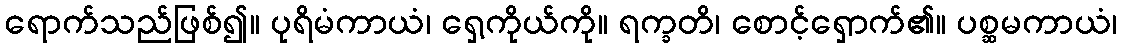
ရောက်သည်ဖြစ်၍။ ပုရိမံကာယံ၊ ရှေ့ကိုယ်ကို။ ရက္ခတိ၊ စောင့်ရှောက်၏။ ပစ္ဆမကာယံ၊